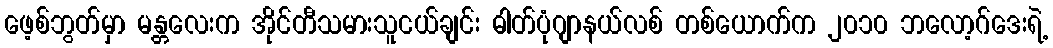
ဖေ့စ်ဘွတ်မှာ မန္တလေးက အိုင်တီသမားသူငယ်ချင်း ဓါတ်ပုံဂျာနယ်လစ် တစ်ယောက်က ၂၀၁၀ ဘလော့ဂ်ဒေးရဲ့